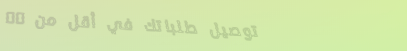
توصيل طلباتك في أقل من 30